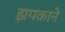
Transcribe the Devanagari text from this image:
झपकाने